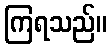
ကြရသည်။